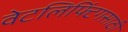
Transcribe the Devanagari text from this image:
वेटलिफ्टिंगसाठी